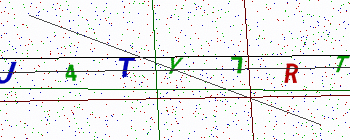
Text: J4TY7RT